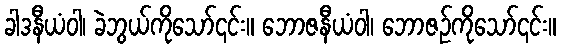
ခါဒနီယံဝါ၊ ခဲဘွယ်ကိုသော်၎င်း။ ဘောဇနီယံဝါ၊ ဘောဇဉ်ကိုသော်၎င်း။